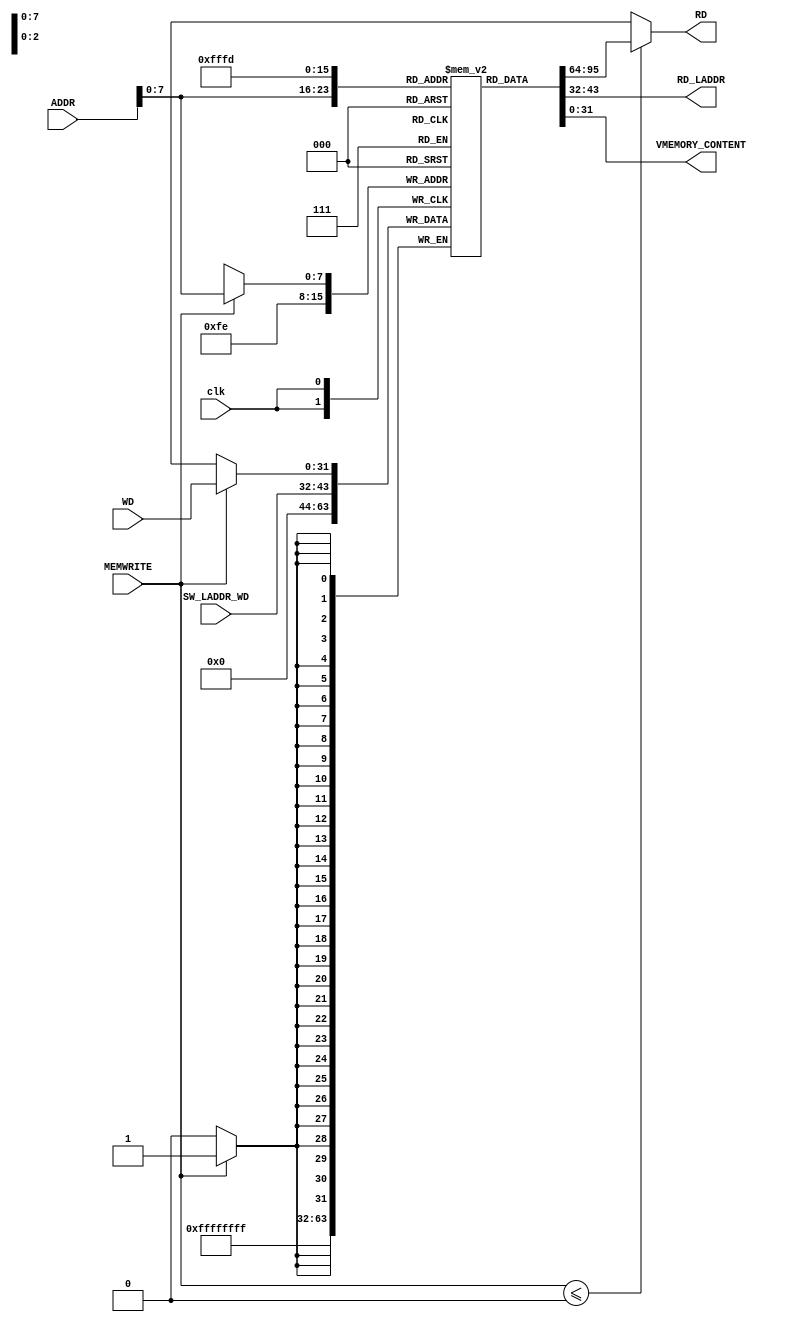
// data memory
module dm(
        input clk,
        input [31:0] WD,
        input [31:0] ADDR,
        input [11:0] SW_LADDR_WD, // will act as last address data in. -> STDIN
        input MEMWRITE, // WRITE ENABLE (WE)
        output [31:0] RD,
        output [11:0] RD_LADDR, // will output last 12 bits of the content at the last address in memory. -> STDOUT
        output [31:0] VMEMORY_CONTENT // will output RAM[253] mapped as "video memory"
        );
        
        reg [31:0] ram_content [255:0]; // ONE-HOT lines.
        
        initial begin
            ram_content[0] = 0;
            ram_content[1] = 0;
            ram_content[2] = 0;
            ram_content[3] = 0;
            ram_content[4] = 0;
            ram_content[5] = 0;
            ram_content[6] = 0;
            ram_content[7] = 0;
            ram_content[8] = 0;
            ram_content[9] = 0;
            ram_content[10] = 0;
            ram_content[11] = 0;
            ram_content[12] = 0;
            ram_content[13] = 0;
            ram_content[14] = 0;
            ram_content[15] = 0;
            ram_content[16] = 0;
            ram_content[17] = 0;
            ram_content[18] = 0;
            ram_content[19] = 0;
            ram_content[20] = 0;
            ram_content[21] = 0;
            ram_content[22] = 0;
            ram_content[23] = 0;
            ram_content[24] = 0;
            ram_content[25] = 0;
            ram_content[26] = 0;
            ram_content[27] = 0;
            ram_content[28] = 0;
            ram_content[29] = 0;
            ram_content[30] = 0;
            ram_content[31] = 0;
            ram_content[32] = 0;
            ram_content[33] = 0;
            ram_content[34] = 0;
            ram_content[35] = 0;
            ram_content[36] = 0;
            ram_content[37] = 0;
            ram_content[38] = 0;
            ram_content[39] = 0;
            ram_content[40] = 0;
            ram_content[41] = 0;
            ram_content[42] = 0;
            ram_content[43] = 0;
            ram_content[44] = 0;
            ram_content[45] = 0;
            ram_content[46] = 0;
            ram_content[47] = 0;
            ram_content[48] = 0;
            ram_content[49] = 0;
            ram_content[50] = 0;
            ram_content[51] = 0;
            ram_content[52] = 0;
            ram_content[53] = 0;
            ram_content[54] = 0;
            ram_content[55] = 0;
            ram_content[56] = 0;
            ram_content[57] = 0;
            ram_content[58] = 0;
            ram_content[59] = 0;
            ram_content[60] = 0;
            ram_content[61] = 0;
            ram_content[62] = 0;
            ram_content[63] = 0;
            ram_content[64] = 0;
            ram_content[65] = 0;
            ram_content[66] = 0;
            ram_content[67] = 0;
            ram_content[68] = 0;
            ram_content[69] = 0;
            ram_content[70] = 0;
            ram_content[71] = 0;
            ram_content[72] = 0;
            ram_content[73] = 0;
            ram_content[74] = 0;
            ram_content[75] = 0;
            ram_content[76] = 0;
            ram_content[77] = 0;
            ram_content[78] = 0;
            ram_content[79] = 0;
            ram_content[80] = 0;
            ram_content[81] = 0;
            ram_content[82] = 0;
            ram_content[83] = 0;
            ram_content[84] = 0;
            ram_content[85] = 0;
            ram_content[86] = 0;
            ram_content[87] = 0;
            ram_content[88] = 0;
            ram_content[89] = 0;
            ram_content[90] = 0;
            ram_content[91] = 0;
            ram_content[92] = 0;
            ram_content[93] = 0;
            ram_content[94] = 0;
            ram_content[95] = 0;
            ram_content[96] = 0;
            ram_content[97] = 0;
            ram_content[98] = 0;
            ram_content[99] = 0;
            ram_content[100] = 0;
            ram_content[101] = 0;
            ram_content[102] = 0;
            ram_content[103] = 0;
            ram_content[104] = 0;
            ram_content[105] = 0;
            ram_content[106] = 0;
            ram_content[107] = 0;
            ram_content[108] = 0;
            ram_content[109] = 0;
            ram_content[110] = 0;
            ram_content[111] = 0;
            ram_content[112] = 0;
            ram_content[113] = 0;
            ram_content[114] = 0;
            ram_content[115] = 0;
            ram_content[116] = 0;
            ram_content[117] = 0;
            ram_content[118] = 0;
            ram_content[119] = 0;
            ram_content[120] = 0;
            ram_content[121] = 0;
            ram_content[122] = 0;
            ram_content[123] = 0;
            ram_content[124] = 0;
            ram_content[125] = 0;
            ram_content[126] = 0;
            ram_content[127] = 0;
            ram_content[128] = 0;
            ram_content[129] = 0;
            ram_content[130] = 0;
            ram_content[131] = 0;
            ram_content[132] = 0;
            ram_content[133] = 0;
            ram_content[134] = 0;
            ram_content[135] = 0;
            ram_content[136] = 0;
            ram_content[137] = 0;
            ram_content[138] = 0;
            ram_content[139] = 0;
            ram_content[140] = 0;
            ram_content[141] = 0;
            ram_content[142] = 0;
            ram_content[143] = 0;
            ram_content[144] = 0;
            ram_content[145] = 0;
            ram_content[146] = 0;
            ram_content[147] = 0;
            ram_content[148] = 0;
            ram_content[149] = 0;
            ram_content[150] = 0;
            ram_content[151] = 0;
            ram_content[152] = 0;
            ram_content[153] = 0;
            ram_content[154] = 0;
            ram_content[155] = 0;
            ram_content[156] = 0;
            ram_content[157] = 0;
            ram_content[158] = 0;
            ram_content[159] = 0;
            ram_content[160] = 0;
            ram_content[161] = 0;
            ram_content[162] = 0;
            ram_content[163] = 0;
            ram_content[164] = 0;
            ram_content[165] = 0;
            ram_content[166] = 0;
            ram_content[167] = 0;
            ram_content[168] = 0;
            ram_content[169] = 0;
            ram_content[170] = 0;
            ram_content[171] = 0;
            ram_content[172] = 0;
            ram_content[173] = 0;
            ram_content[174] = 0;
            ram_content[175] = 0;
            ram_content[176] = 0;
            ram_content[177] = 0;
            ram_content[178] = 0;
            ram_content[179] = 0;
            ram_content[180] = 0;
            ram_content[181] = 0;
            ram_content[182] = 0;
            ram_content[183] = 0;
            ram_content[184] = 0;
            ram_content[185] = 0;
            ram_content[186] = 0;
            ram_content[187] = 0;
            ram_content[188] = 0;
            ram_content[189] = 0;
            ram_content[190] = 0;
            ram_content[191] = 0;
            ram_content[192] = 0;
            ram_content[193] = 0;
            ram_content[194] = 0;
            ram_content[195] = 0;
            ram_content[196] = 0;
            ram_content[197] = 0;
            ram_content[198] = 0;
            ram_content[199] = 0;
            ram_content[200] = 0;
            ram_content[201] = 0;
            ram_content[202] = 0;
            ram_content[203] = 0;
            ram_content[204] = 0;
            ram_content[205] = 0;
            ram_content[206] = 0;
            ram_content[207] = 0;
            ram_content[208] = 0;
            ram_content[209] = 0;
            ram_content[210] = 0;
            ram_content[211] = 0;
            ram_content[212] = 0;
            ram_content[213] = 0;
            ram_content[214] = 0;
            ram_content[215] = 0;
            ram_content[216] = 0;
            ram_content[217] = 0;
            ram_content[218] = 0;
            ram_content[219] = 0;
            ram_content[220] = 0;
            ram_content[221] = 0;
            ram_content[222] = 0;
            ram_content[223] = 0;
            ram_content[224] = 0;
            ram_content[225] = 0;
            ram_content[226] = 0;
            ram_content[227] = 0;
            ram_content[228] = 0;
            ram_content[229] = 0;
            ram_content[230] = 0;
            ram_content[231] = 0;
            ram_content[232] = 0;
            ram_content[233] = 0;
            ram_content[234] = 0;
            ram_content[235] = 0;
            ram_content[236] = 0;
            ram_content[237] = 0;
            ram_content[238] = 0;
            ram_content[239] = 0;
            ram_content[240] = 0;
            ram_content[241] = 0;
            ram_content[242] = 0;
            ram_content[243] = 0;
            ram_content[244] = 0;
            ram_content[245] = 0;
            ram_content[246] = 0;
            ram_content[247] = 0;
            ram_content[248] = 0;
            ram_content[249] = 0;
            ram_content[250] = 0;
            ram_content[251] = 0;
            ram_content[252] = 0;
            ram_content[253] = 0;
            ram_content[254] = 0;
            ram_content[255] = 0;
        end
        
        always@(posedge clk) begin
            if(MEMWRITE) begin
                ram_content[ADDR] <= WD;
                // we write in offsets of 32 bits, so
                // we ignore bits 0 and 1 (division by 4)
                // we can also store with offset using this instruction.
                // basically, RAM[OFFSET/4 << 8*OFFSET%4] = value.
                //{ram_content[ADDR[31:2] + 1], ram_content[ADDR[31:2]]} <= ((WD << (8 * ADDR[1:0])));
                // however, we will keep the design simple and efficient for our needs.
            end
                ram_content[254] <= {20'b0, SW_LADDR_WD}; // IO -> STDIN (FD0)
        end
        
        // we can also load with offset using this.
        //wire [63:0] auxreg_lwoffset;
        //assign auxreg_lwoffset = (({ram_content[ADDR[31:2] + 1], ram_content[ADDR[31:2]]} >> (8 * ADDR[1:0])); 
            
        assign RD = (MEMWRITE <= 1'b0) ? ram_content[ADDR] : {32{1'bx}};              
        assign RD_LADDR = ram_content[255][11:0]; // IO -> STDOUT (FD1)
        assign VMEMORY_CONTENT = ram_content[253]; // IO -> VMEM
        
endmodule

/*
module tb_dm;
    reg clk;
    reg [31:0] WD;
    reg [31:0] ADDR;
    reg MEMWRITE;
    wire [31:0] RD;
    
    dm dm_dut(
        .clk(clk),
        .WD(WD),
        .ADDR(ADDR),
        .MEMWRITE(MEMWRITE),
        .RD(RD)
        );
        
        initial
            #100 $finish;
            
        initial begin
            #0 clk = 1'b0;
            forever #5 clk = ~clk;
            end
endmodule*/